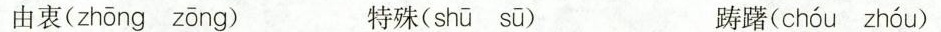
由衷（zhōng zōng）特殊( shū sū ) 踌躇( chóu zhóu )